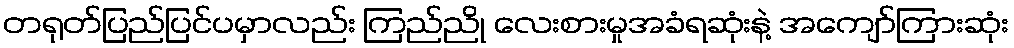
တရုတ်ပြည်ပြင်ပမှာလည်း ကြည်ညို လေးစားမှုအခံရဆုံးနဲ့ အကျော်ကြားဆုံး